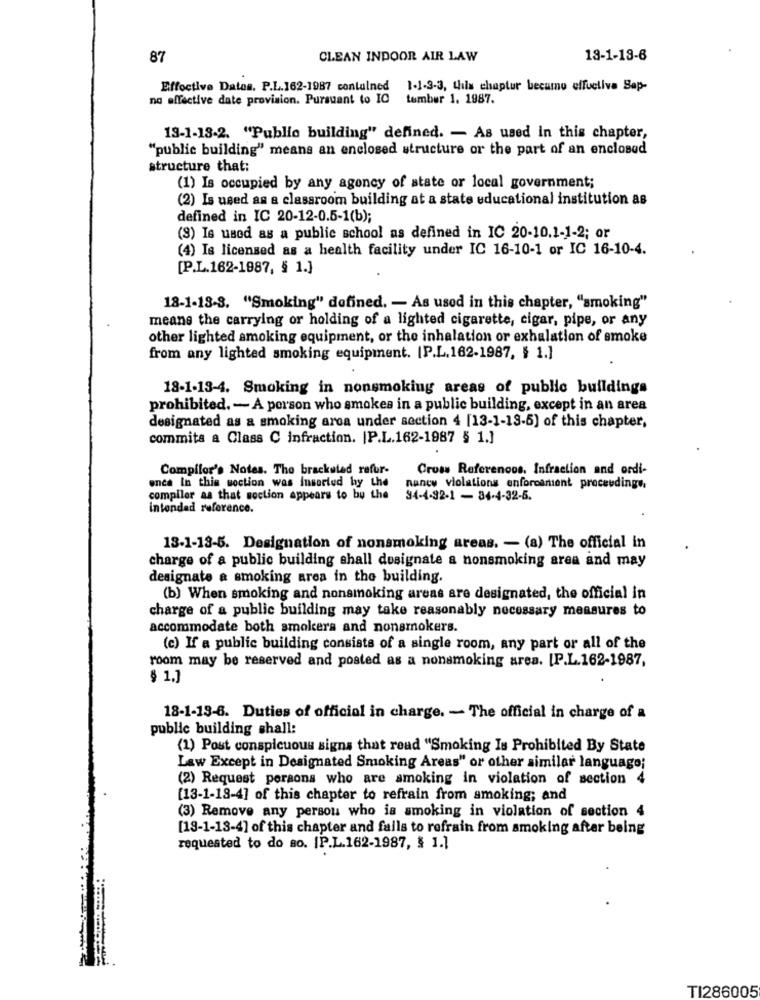
87
CLEAN INDOOR AIR LAW
18-1-18-6
Effective Datos. P.L.162-1987 contained 1.1-3-3, this chapter became effuctiva Sap-
na effective date provision. Pursuant to IC tember 1. 1987.
13-1-18-2. "Public building" defined. - As used in this chapter,
"public building" means an enclosed structure or the part of an enclosed
structure that:
(1) Is occupied by any agoncy of state or local government;
(2) Is used as a classroom building at a state educational institution as
defined in IC 20-12-0.5-1(b);
(9) Is used as a public school as defined in IC 20-10.1-1-2; or
(4) Is licensed as a health facility under IC 16-10-1 or IC 16-10-4.
[P.L.162-1987, § 1.]
18-1-18-3. "Smoking" defined, - As used in this chapter, "smoking"
means the carrying or holding of a lighted cigarette, cigar, pipe, or any
other lighted smoking equipment, or the inhalation or exhalation of smoke
from any lighted smoking equipment. [P.L.162-1987, $ 1.]
18-1-13-4. Smoking in nonsmoking areas of public buildings
prohibited. - A person who smokes in a public building, except in an area
designated as a smoking area under section 4 [13-1-13-5) of this chapter,
commits a Class C infraction. |P.L.162-1987 § 1.]
Compilor's Notes. The bracketed refur-
Cross Referenoos. Infraction and ordi-
enca In this section was Insorted by the
nancy violations enforcement proceedings.
compiler as that section appears to by the
34-4-92-1 - 84-4-32-5.
intended reference.
13-1-13-5. Designation of nonsmoking areas. - (a) The official in
charge of a public building shall designate a nonsmoking area and may
designate a smoking area in the building.
(b) When smoking and nonsmoking areas are designated, the official in
charge of a public building may take reasonably necessary measures to
accommodate both smokers and nonsmokers.
(c) If a public building consists of a single room, any part or all of the
room may be reserved and posted as a nonsmoking area. [P.L.162-1987,
§ 1.]
18-1-13-6. Duties of official in charge. - The official in charge of a
public building shall:
(1) Post conspicuous signs that read "Smoking Is Prohibited By State
Law Except in Designated Smoking Areas" or other similar language;
(2) Request persons who are smoking in violation of section 4
(13-1-18-4] of this chapter to refrain from smoking; and
(3) Remove any person who is smoking in violation of section 4
[13-1-13-4] of this chapter and fails to refrain from smoking after being
requested to do so. IP.L.162-1987, $ 1.1
TI286005